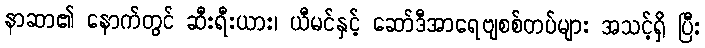
နာဆာ၏ နောက်တွင် ဆီးရီးယား၊ ယီမင်နှင့် ဆော်ဒီအာရေဗျစစ်တပ်များ အသင့်ရှိ ပြီး